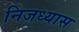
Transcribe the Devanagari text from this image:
निजध्यास